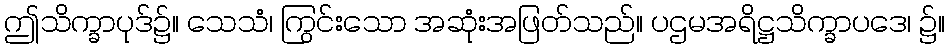
ဤသိက္ခာပုဒ်၌။ သေသံ၊ ကြွင်းသော အဆုံးအဖြတ်သည်။ ပဌမအရိဋ္ဌသိက္ခာပဒေ၊ ၌။